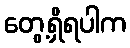
တွေ့ရှိရပါက